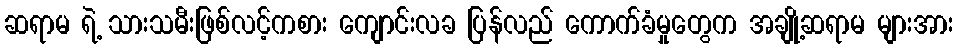
ဆရာမ ရဲ့ သားသမီးဖြစ်လင့်ကစား ကျောင်းလခ ပြန်လည် ကောက်ခံမှုတွေက အချို့ဆရာမ များအား